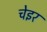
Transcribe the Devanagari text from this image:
चेइर